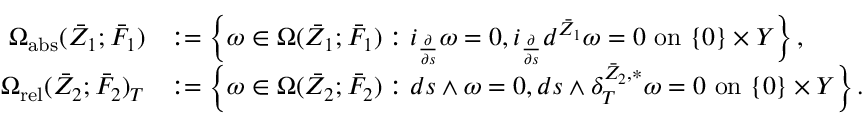
\begin{array} { r l } { \Omega _ { \mathrm { a b s } } ( { \bar { Z } } _ { 1 } ; \bar { F } _ { 1 } ) } & { : = \left\{ \omega \in \Omega ( { \bar { Z } } _ { 1 } ; \bar { F } _ { 1 } ) : i _ { \frac { \partial } { \partial s } } \omega = 0 , i _ { \frac { \partial } { \partial s } } d ^ { { \bar { Z } } _ { 1 } } \omega = 0 \mathrm { ~ o n ~ } \{ 0 \} \times Y \right\} , } \\ { \Omega _ { \mathrm { r e l } } ( { \bar { Z } } _ { 2 } ; \bar { F } _ { 2 } ) _ { T } } & { : = \left\{ \omega \in \Omega ( { \bar { Z } } _ { 2 } ; \bar { F } _ { 2 } ) : d s \wedge \omega = 0 , d s \wedge \delta _ { T } ^ { { \bar { Z } } _ { 2 } , * } \omega = 0 \mathrm { ~ o n ~ } \{ 0 \} \times Y \right\} . } \end{array}